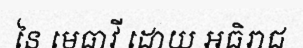
នៃ មេធាវី ដោយ អធិរាជ